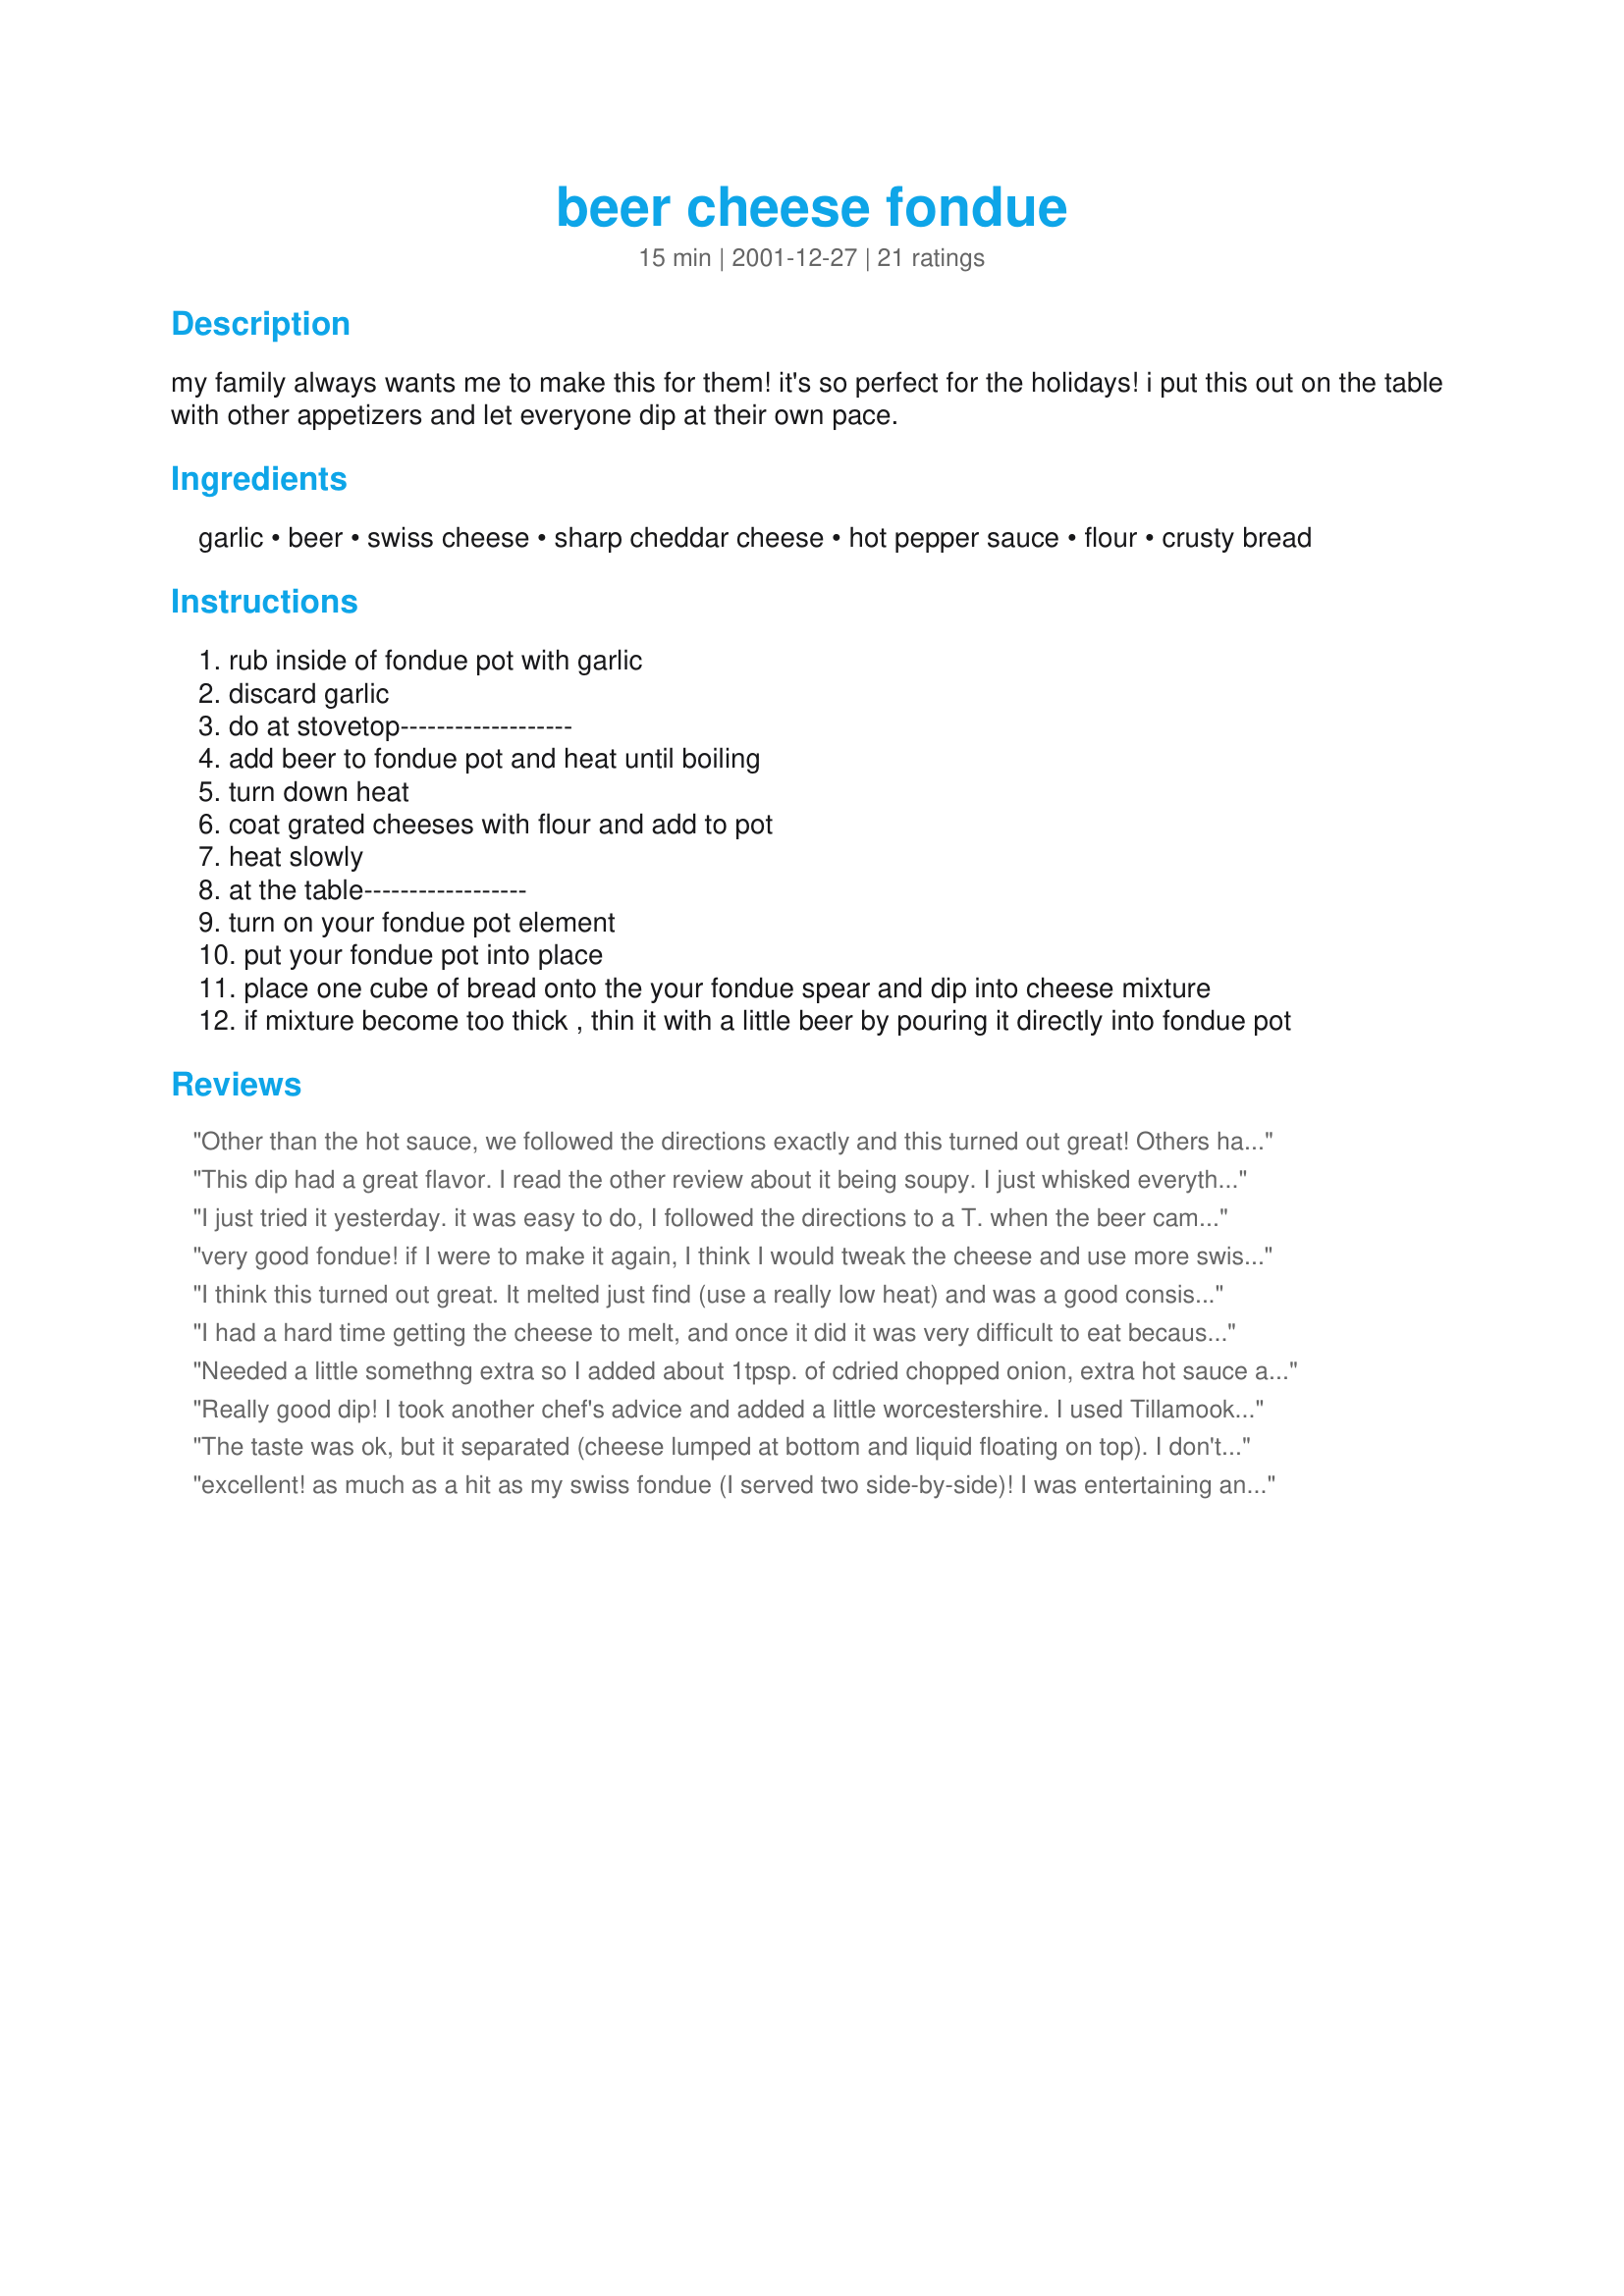
beer cheese fondue
Preparation time: 15 minutes

my family always wants me to make this for them! it's so perfect for the holidays! i put this out on the table with other appetizers and let everyone dip at their own pace.

Ingredients:
garlic, beer, swiss cheese, sharp cheddar cheese, hot pepper sauce, flour, crusty bread

Steps:
rub inside of fondue pot with garlic
discard garlic
do at stovetop-------------------
add beer to fondue pot and heat until boiling
turn down heat
coat grated cheeses with flour and add to pot
heat slowly
at the table------------------
turn on your fondue pot element
put your fondue pot into place
place one cube of bread onto the your fondue spear and dip into cheese mixture
if mixture become too thick , thin it with a little beer by pouring it directly into fondue pot

Reviews:
Other than the hot sauce, we followed the directions exactly and this turned out great! Others have complained about the liquid separating from the cheese. We didn't have that problem. We did use whole fat cheese which I believe made a big difference. We will make this again. Wonderful recipe! Thank you so much for sharing this.
This dip had a great flavor. I read the other review about it being soupy. I just whisked everything together while it was on the stove and all the textures melded together very well. It was gone in just a few minutes! We will make this one again!
I just tried it yesterday. it was easy to do, I followed the directions to a T. when the beer came to a boil I turned it down to a slow boil and then I added the cheese in small amounts and stirred till the cheese melted and then I added a little more cheese and stirred until the cheese melted and kept doing this until all the cheese was completely melted into the Beer. At this point it was nice and smooth and ready to starting DIPPING. If you do it the way I did it, it will turn out perfect. I will definitely do it again, it was delicious ! Next time I will tweak it a little. :)
very good fondue! if I were to make it again, I think I would tweak the cheese and use more swiss/less cheddar. also, I added a dash of worchestire sauce and a bit of fresh ground pepper...
I think this turned out great. It melted just find (use a really low heat) and was a good consistency for dipping. I followed the recipe exactly except for the hot sauce since my toddler would be eatling it. He really liked the "cheesy bread" as a result. I would make it again. I saved the leftovers and reheated it with some milk the next day and added it to some macaroni for Mac-n-cheese. Yum!
I had a hard time getting the cheese to melt, and once it did it was very difficult to eat because it was so stringy. The issues with the melting could have been the type of cheese I used (2% milk cheddar cheese, and regular swiss), but I probably would not make this again. I definitely wouldn't make it for guests because it was a mess to eat. It's too bad because I had such high hopes for this recipe!
Needed a little somethng extra so I added about 1tpsp. of cdried chopped onion, extra hot sauce and some cayenne pepper. Also, it needed just a touch more Guinness. Also made it with different cheeses and was equally wonderful!
Really good dip! I took another chef's advice and added a little worcestershire. I used Tillamook cheddar and fresh swiss and it was fabulous! Full fat melts best. I also used an idea from another chef to serve it in a bread bowl- I used pumpernickel and served with pumpernickel cubes and pretzel bites! Awesome!
The taste was ok, but it separated (cheese lumped at bottom and liquid floating on top). I don't think I'll make this again.
excellent! as much as a hit as my swiss fondue (I served two side-by-side)! I was entertaining and found it much easier to melt the cheese on the stovetop and then, once totally melted, pour it into the fondue pot and allowing the candle to simply keep it melted and warm. I attempted cooking over the candle but had very little success.
as a hint for reducing time grating cheese, I got my cheese at the deli counter and then just sliced in the opposite direction, creating a sort-of shredded effect. very easy and time-efficient.
Very good. Tried to make with a crock pot and the cheese wouldn't melt. Had to do a double boiler in order to melt but very good once it did!
We LOVED this! My husband just returned from several business trips for a few weeks so I wanted to make a romantic dinner for him. This was low-key and great. I used low fat sharp cheddar to cut down the calories a bit, but regular swiss. I followed the rest of it exactly. It did not get stringy for us, it was nice and melted through - I have a cuisuinart fondue pot that I left on heat setting 3. That worked great. I just heated the beer in there and everything - didn't even have to do the stove-top part. :) Very easy and made for a great dinner for us! Thanks for sharing - can't wait to serve this one to company!
This recipe did not come out well at ALL! The cheese sunk to the bottom of the pot and there for when you dipped your bread into the pot you got a weird mixture of a bit of melted cheese and beer! If you dug down into the cheese at the bottom it was a stringy mess! The cheese mixture was good, but I definitely will not make this again.
I made this for Boxing day at my parents using Great West Honey Wheat Ale(Saskatchewan's own). Most of us really liked it but my brothers didnt...though they have enjoyed their share of beer, I think its more the idea that they are too tough to eat bread dipped in cheese. I thought the flavor was great, I could have added a few more drops of hot sauce but my mom doesnt like things spicy...next time. I didnt use the flour, corn starch instead because I couldnt find her flour container. I will make this again with more hot sauce. We get together a couple times a year with friends for fondue parties and this will be on my list then. Thanks a bunch.
This was a SUPER EASY recipe!! My husband and I really enjoyed. We are giving it only four stars because we think the consistency could be improved upon. Next time we will substitue Velveeta for the cheddar.
This is soooo good! Great flavor and easy to make. i used a local micro brew for the beer and the taste was great. i had no problem getting the cheese to melt.
Yummy!!!!!
I have to agree with Kirstin, this was wonderful, although I will definitely also go with more swiss than cheddar next time (which will be soon). Thank you.
I liked the taste but im not sure I know how to use a fondue pot. The cheese burned to the bottom and the liquid seem to stay on top. but thank you for sharing this recipe. It was a learning experince for my entire family..
I followed the directions to a 't,' and mine was still quite stringy. That does NOT mean that we didn't eat the heck out of it, anyway! I did add i chopped green onion to the pot, as well as a few tsps of worcestershire sauce, as well as the hot sauce. I used fat tire beer and served with toasted rosemary seasalt bread cubes, pretezels, and sundried tomato wheat thins sticks. all were very tasty, and next time I think I'll even try apples!
This did not turn out well at all. Which was too bad since I had a house full of guests to serve...

Followed all the directions to a 'T' and the fondue ended up separating with a mass of stringy cheese floating in a mostly beer soup. The cheese was too stringy to stick to the bread and the soupy part just made the bread soggy...not to mention the flavor wasn't very good. I was disappointed that it didn't turn out well at all for us.
Ate a pot of this without much help from anybody. I didn't feel very well afterwards.
